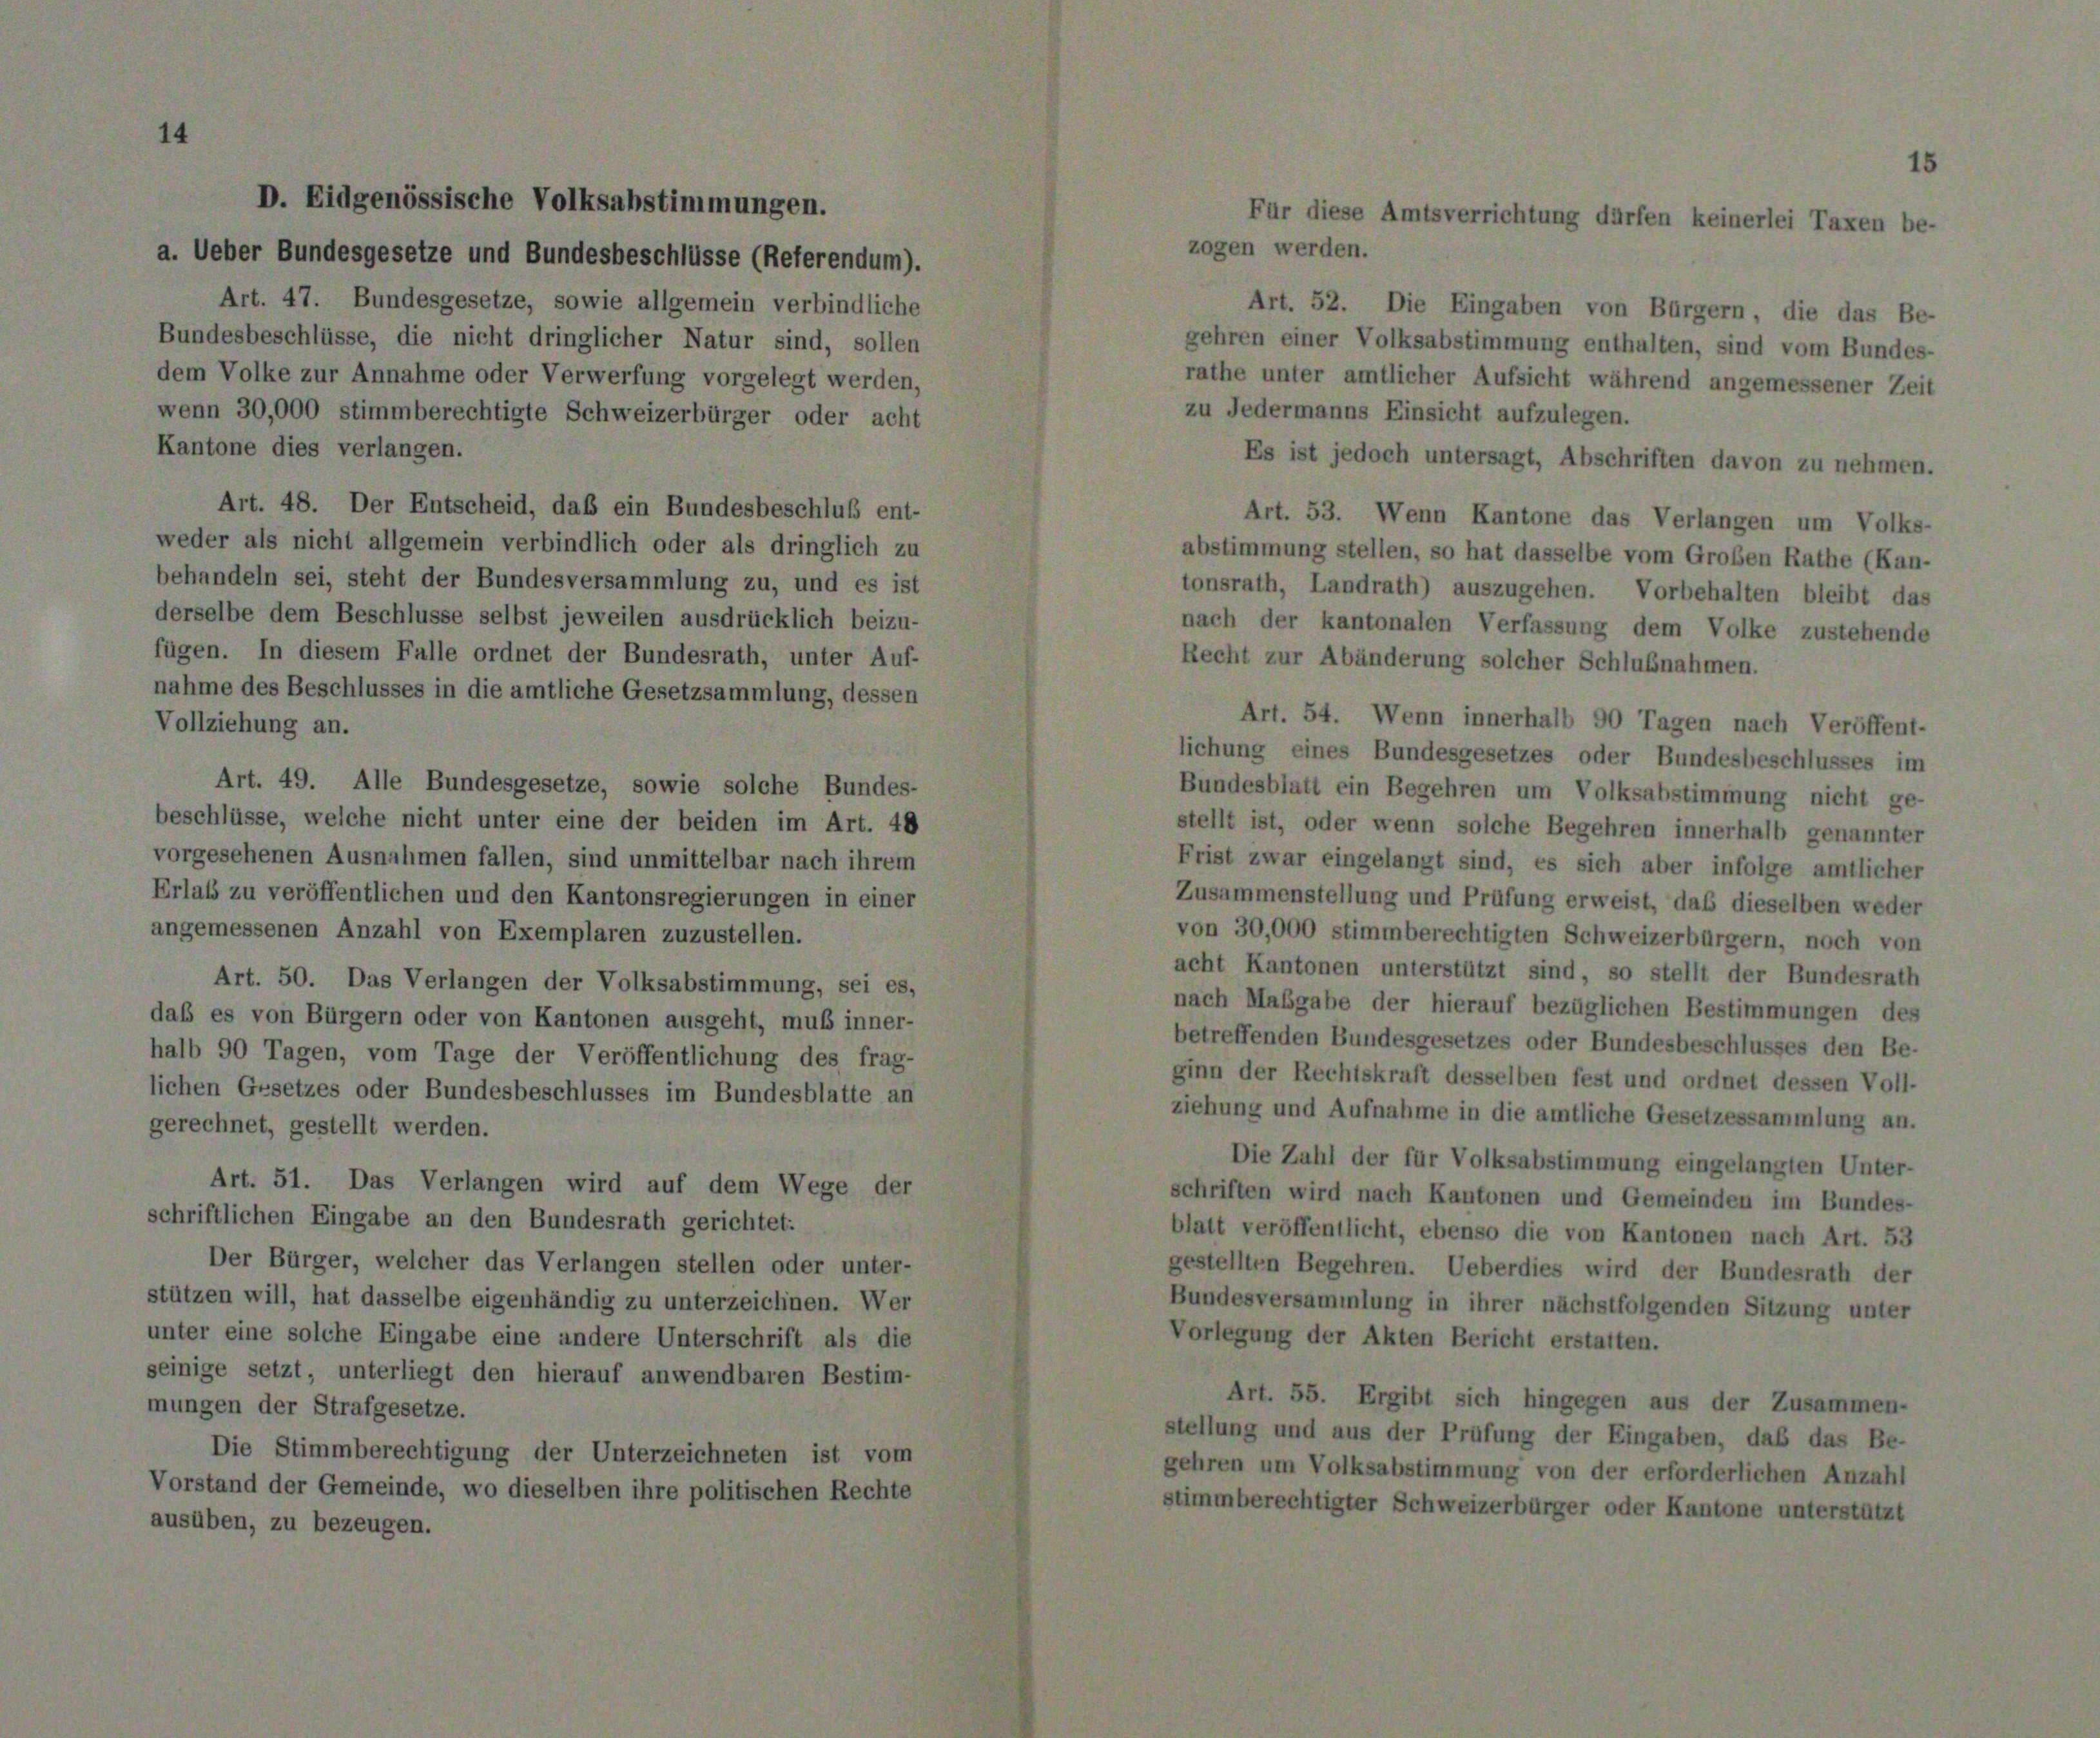
Art. 49. Alle Bundesgesetze, sowie solche Bur
beschlüsse, welche nicht unter eine der beiden im Ar-
vorgesehenen Ausnahmen fallen, sind unmittelbar nach il
Erlaß zu veröffentlichen und den Kantonsregierungen in
angemessenen Anzahl von Exemplaren zuzustellen.
Art. 50. Das Verlangen der Volksabstimmung, se
daß es von Bürgern oder von Kantonen ausgeht, muß in
halb 90 Tagen, vom Tage der Veröffentlichung des I
lichen Gesetzes oder Bundesbeschlusses im Bundesblatte

12

Art. 51. Das Verlangen wird auf dem Wege der
lichen Eingabe an den Bundesrath gerichtet:
Der Bürger, welcher das Verlangen stellen oder unter-
n will, hat dasselbe eigenhändig zu unterzeichnen. Wer
eine solche Eingabe eine andere Unterschrift als die
setzt, unterliegt den hierauf anwendbaren Bestim-

n der S

¬

0

Ve

8. Der Entscheid, daß ein Bundesbeschluß ent-
icht allgemein verbindlich oder als dringlich zu
ei, steht der Bundesversammlung zu, und es ist
m Beschlüsse selbst jeweilen ausdrücklich beizu-
diesem Falle ordnet der Bundesrath, unter Auf-
schlusses in die amtliche Gesetzsammlung, dessen

htigung der U

timmu

isse (Refere

oder Verwerfung vorgelegt we
Schweizerbürger oder

ht dringlicher Natur sind, s

48
em

Bundesblatt ein Begehren um Volksabstimmung nicht
stellt ist, oder wenn solche Begehren innerhalb genan
Frist zwar eingelangt sind, es sich aber infolge amtlich
Zusammenstellung und Prüfung erweist, daß dieselben w
von 30,000 stimmberechtigten Schweizerbürgern, noch
acht Kantonen unterstützt sind, so stellt der Bundesre
nach Maßgabe der hierauf bezüglichen Bestimmungen
betreffenden Bundesgesetzes oder Bundesbeschlusses den E
ginn der Rechtskraft desselben fest und ordnet dessen V
ziehung und Aufnahme in die amtliche Gesetzessammlung
Die Zahl der für Volksabstimmung eingelangten Unt
schriften wird nach Kantonen und Gemeinden im Bunde
blatt veröffentlicht, ebenso die von Kantonen nach Art. 1
gestellten Begehren. Ueberdies wird der Bundesrath d
Bundesversammlung in ihrer nächstfolgenden Sitzung un
Vorlegung der Akten Bericht erstatten.

Art. 52. Die Eingaben von Bürgern, die da
 einer Volksabstimmung enthalten, sind vom B
unter amtlicher Aufsicht während angemessene
dermanns Einsicht aufzulegen.
Es ist jedoch untersagt, Abschriften davon zu ne
Art. 53. Wenn Kantone das Verlangen um
nmung stellen, so hat dasselbe vom Großen Rathe
th, Landrath) auszugehen. Vorbehalten bleibt

.

er

1

Verfassung d
g solcher Schli